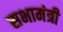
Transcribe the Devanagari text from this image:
सभामंत्री